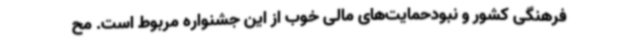
فرهنگی کشور و نبودحمایت‌های مالی خوب از این جشنواره مربوط است. مح